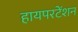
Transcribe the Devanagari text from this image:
हायपरटेंशन